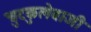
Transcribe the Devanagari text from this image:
चुटकुलेबाजी